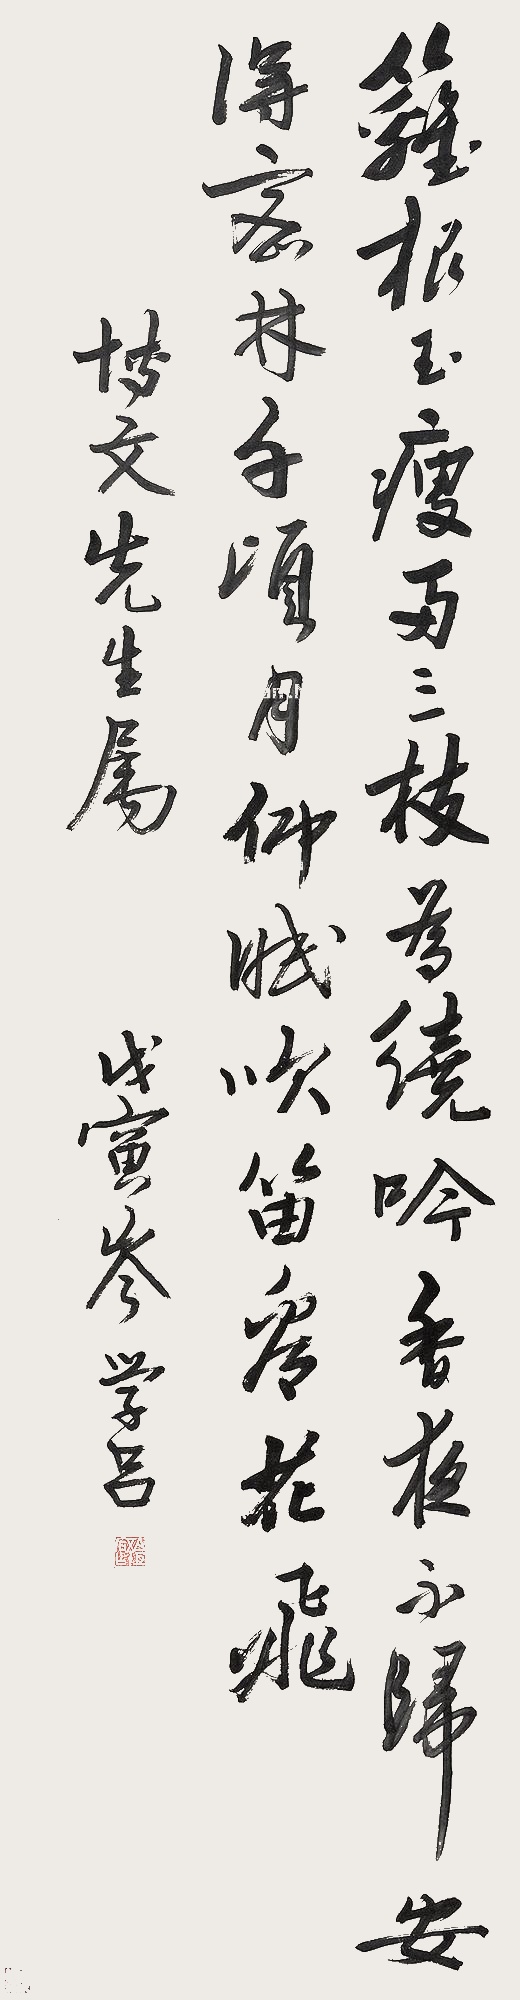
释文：篱根玉瘦两三枝，为绕吟香夜不归。安得密林千顷目，仰眠吹笛看花飞。博文先生属。戊寅，岑学吕。